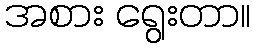
အစား ရွေးတာ။